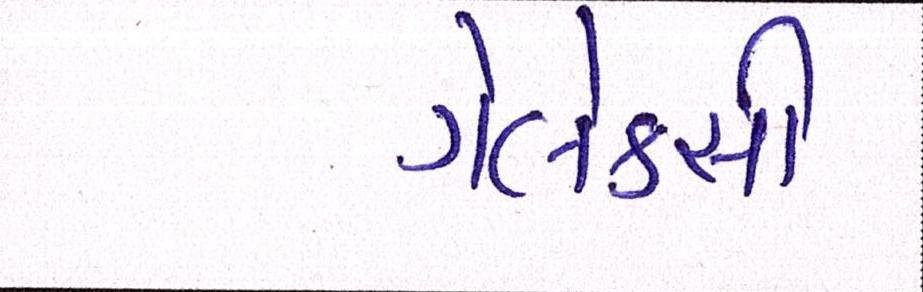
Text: ગેલેક્સી